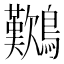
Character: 𪇽